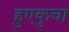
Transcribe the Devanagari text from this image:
हुएकुचा